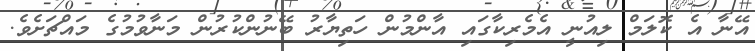
އޭނާ އެ ކޮލަމް ލިއުނީ އެމެރިކާގައި އާންމުން ހަތިޔާރު ބޭނުންކުރުން މަނާވުމުގެ މައްޗަށެވެ.